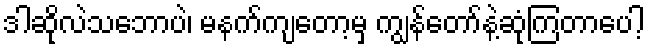
ဒါဆိုလဲသဘောပဲ၊ မနက်ကျတော့မှ ကျွန်တော်နဲ့ဆုံကြတာပေါ့